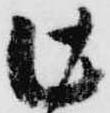
此